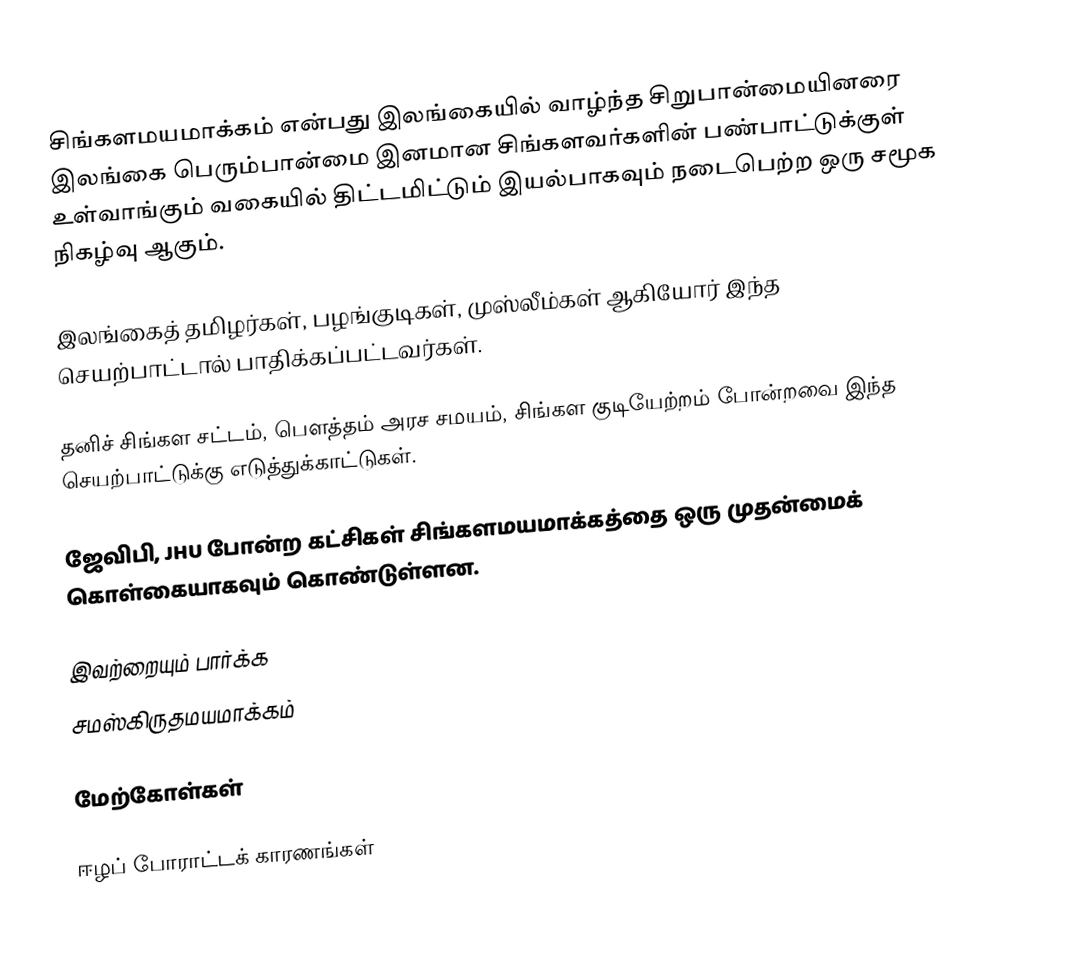
சிங்களமயமாக்கம் என்பது இலங்கையில் வாழ்ந்த சிறுபான்மையினரை இலங்கை பெரும்பான்மை இனமான சிங்களவர்களின் பண்பாட்டுக்குள் உள்வாங்கும் வகையில் திட்டமிட்டும் இயல்பாகவும் நடைபெற்ற ஒரு சமூக நிகழ்வு ஆகும்.

இலங்கைத் தமிழர்கள், பழங்குடிகள், முஸ்லீம்கள் ஆகியோர் இந்த செயற்பாட்டால் பாதிக்கப்பட்டவர்கள்.

தனிச் சிங்கள சட்டம், பௌத்தம் அரச சமயம், சிங்கள குடியேற்றம் போன்றவை இந்த செயற்பாட்டுக்கு எடுத்துக்காட்டுகள்.

ஜேவிபி, JHU போன்ற கட்சிகள் சிங்களமயமாக்கத்தை ஒரு முதன்மைக் கொள்கையாகவும் கொண்டுள்ளன.

இவற்றையும் பார்க்க
 சமஸ்கிருதமயமாக்கம்

மேற்கோள்கள்

ஈழப் போராட்டக் காரணங்கள்